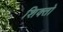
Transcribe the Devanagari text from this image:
शिक्तो